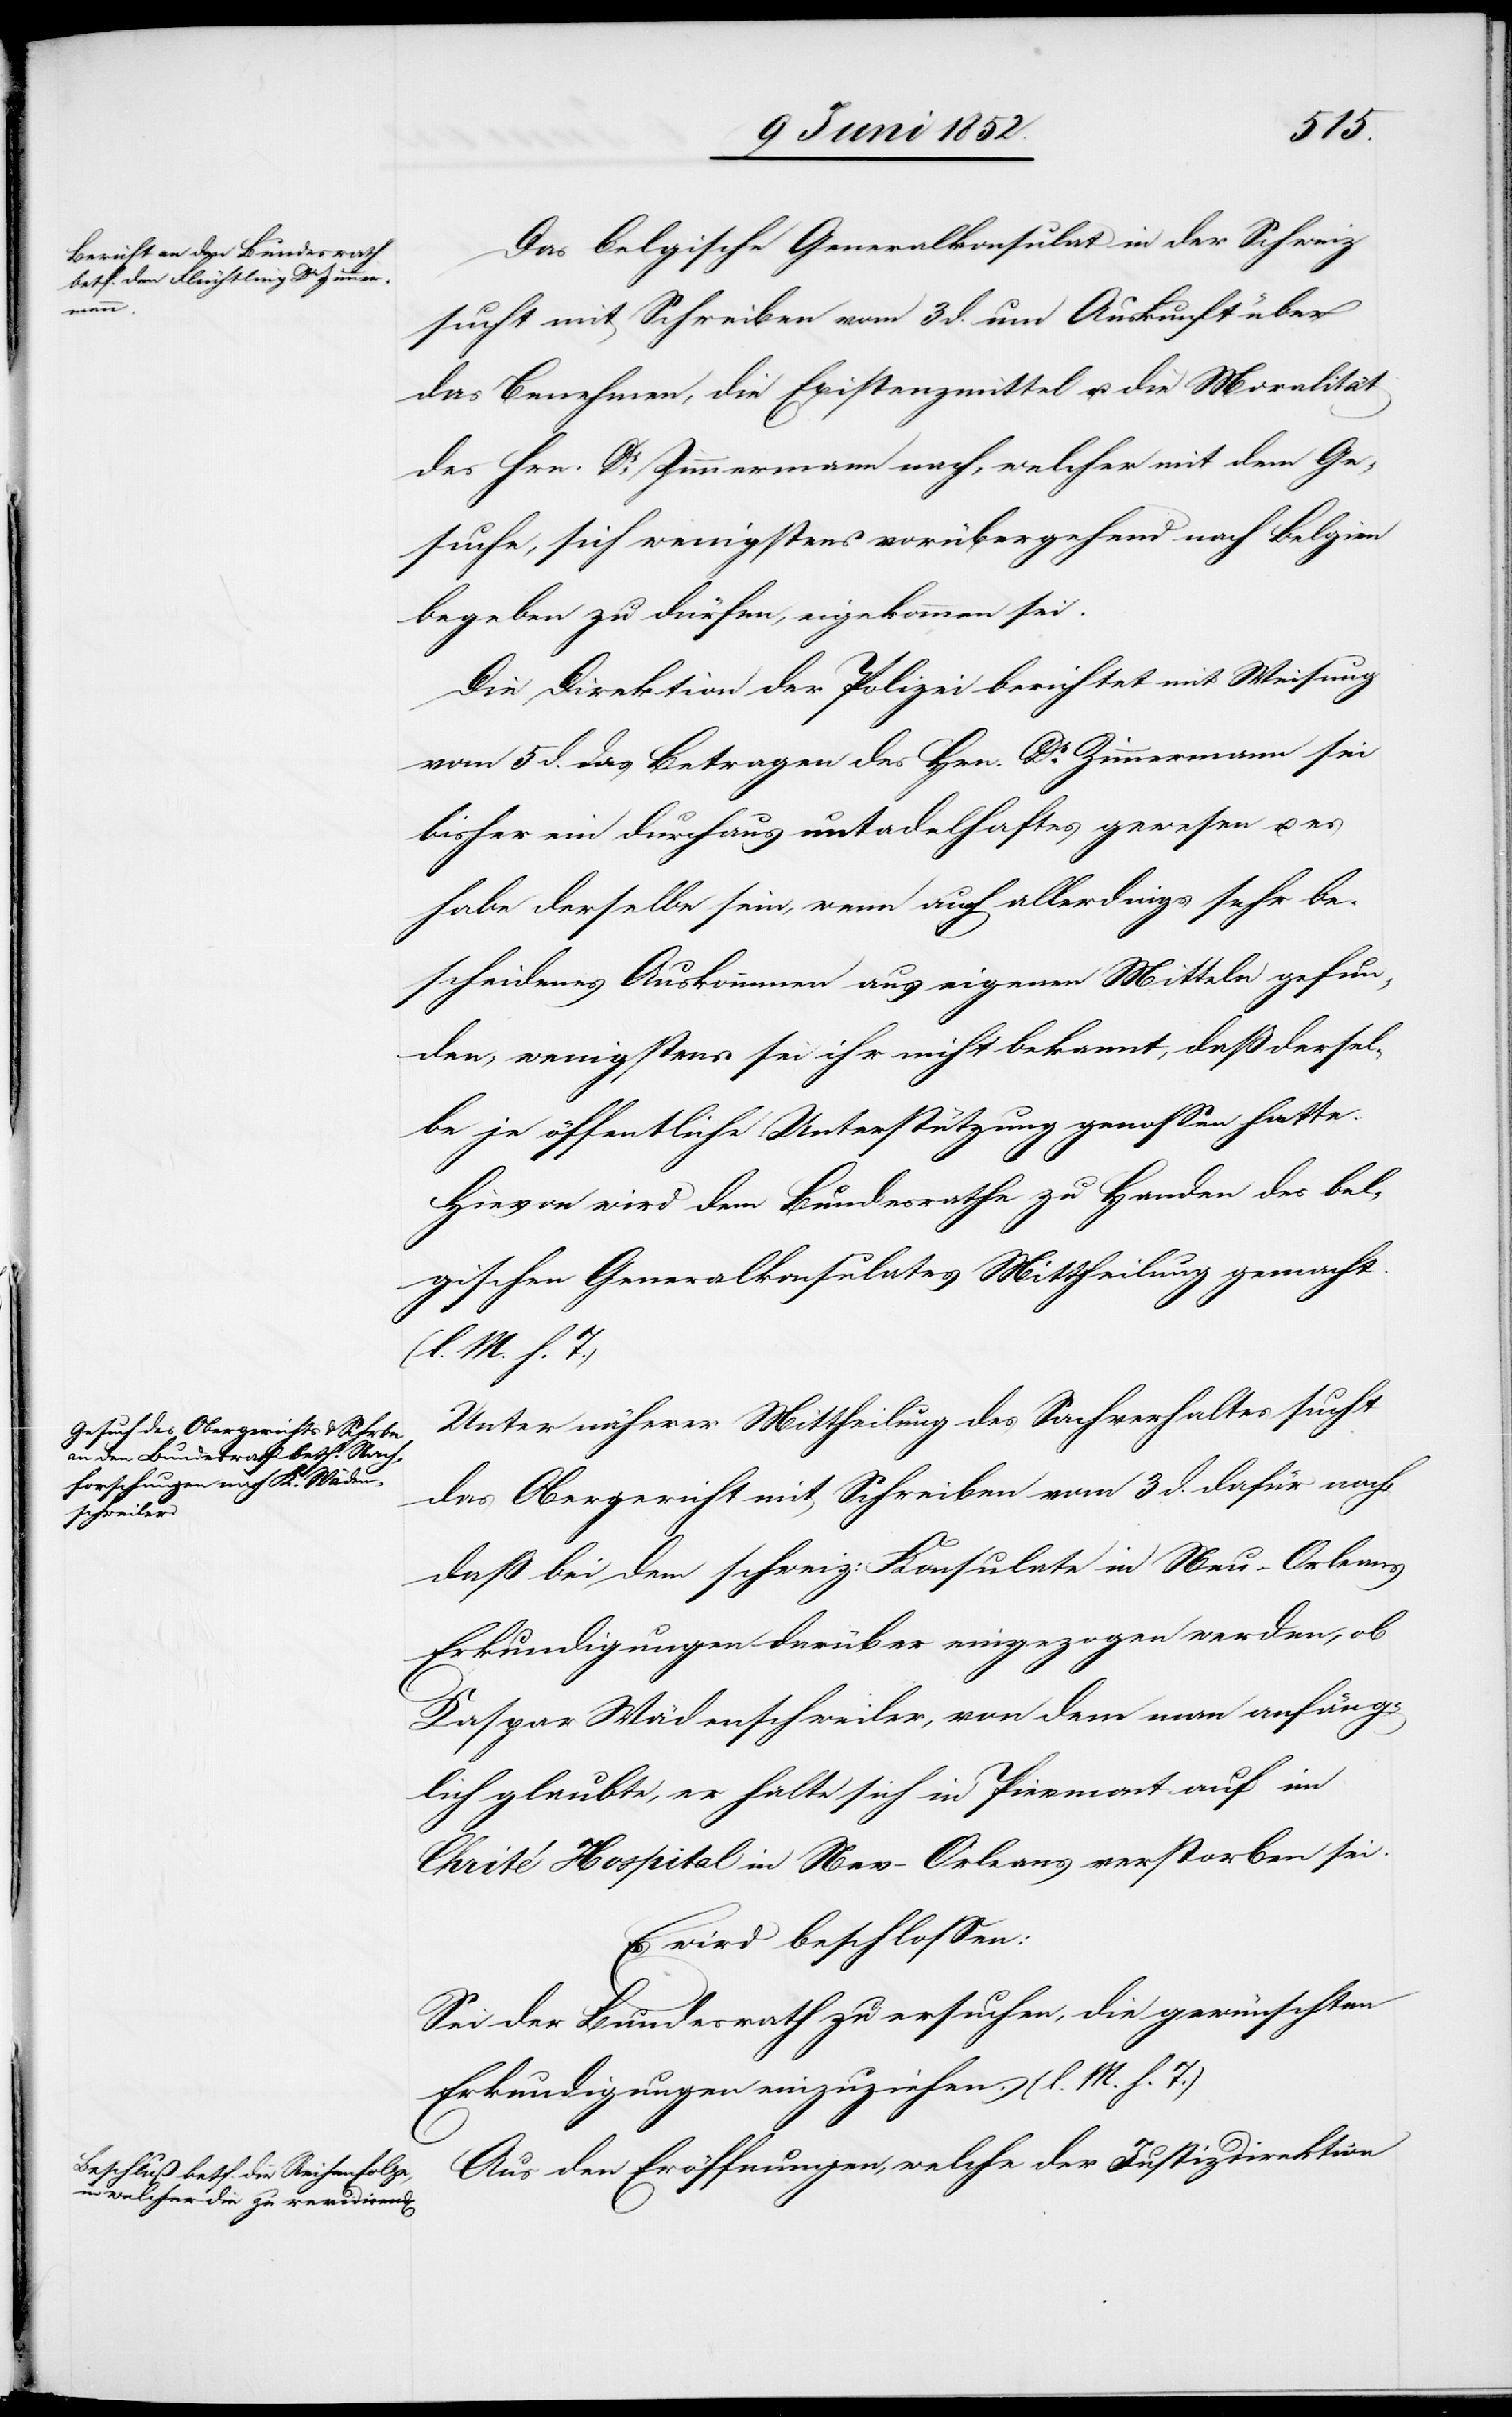
Das belgische Generalkonsulat in der Schweiz
sucht mit Schreiben vom 3 d. um Auskunft über
das Benehmen, die Existenzmittel u. die Moralität
des Hrn. Dr. Zimmermann nach, welcher mit dem Ge¬
suche, sich wenigstens vorübergehend nach Belgien
begeben zu dürfen, eingekommen sei.
Die Direktion der Polizei berichtet mit Weisung
vom 5 d. das Betragen des Hrn. Dr. Zimmermann sei
bisher ein durchaus untadelhaftes gewesen u. es
habe derselbe sein, wenn auch allerdings sehr be¬
scheidenes Auskommen aus eigenen Mitteln gefun¬
den, wenigstens sei ihr nicht bekannt, daß dersel¬
be je öffentliche Unterstützung genossen hatte.
Hievon wird dem Bundesrathe zu Handen des bel¬
gischen Generalkonsulates Mittheilung gemacht.
(l. M. h. T.)
Unter näherer Mittheilung des Sachverhaltes sucht
das Obergericht mit Schreiben vom 3 d. dafür nach,
daß bei dem schweiz: Konsulate in Neu-Orleans
Erkundigungen darüber eingezogen werden, ob
Kaspar Wädenschweiler, von dem man anfäng¬
lich glaubte, er halte sich in Piermont auf im
Ch[a]rité Hospital in New-Orleans verstorben sei.
Es wird beschlossen:
Sei der Bundesrath zu ersuchen, die gewünschten
Erkundigungen einzuziehen. (l. M. h. T.)
Aus den Eröffnungen, welche der Justizdirektion